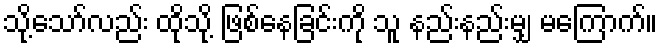
သို့သော်လည်း ထိုသို့ ဖြစ်နေခြင်းကို သူ နည်းနည်းမျှ မကြောက်။